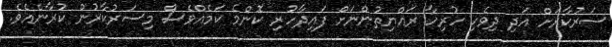
ސަރުކާރަށް އަދި ދިވެހި ހުރިހާ ރައްޔިތުންނަށް ފައިދާހުރި ކޮންމެ ކަމެއްވެސް މިސަރުކާރުން ކުރާނެއެވެ.